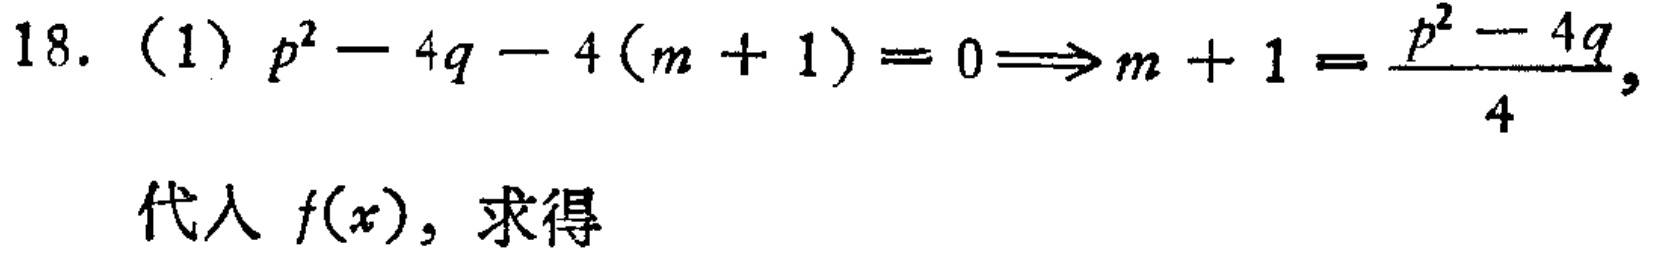
18. (1) \(p^{2}-4q - 4(m + 1)=0\Longrightarrow m + 1=\frac{p^{2}-4q}{4}\),

代入 \(f(x)\), 求得